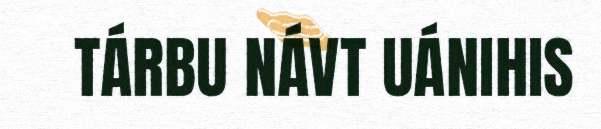
TÁRBU NÁVT UÁNIHIS